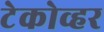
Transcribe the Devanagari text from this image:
टेकोव्हर